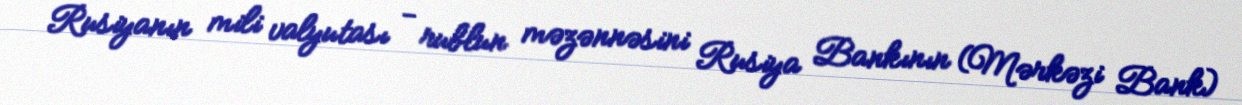
Rusiyanın mili valyutası - rublun məzənnəsini Rusiya Bankının (Mərkəzi Bank)